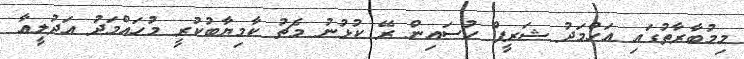
މިމުބާރާތުގައި އަހްމަދު ޝަރީފް ހުސައިން ރޭ ކުޅުނު މެޗު ކާމިޔާބުކުރީ މުހައްމަދު އަދުލީއާ